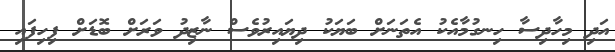
އަދި މިހާދިސާ ހިނގުމާއެކު އެތަނަށް ބަޔަކު ދިޔައިރުވެސް ނާޒިދު ވަރަށް ބޮޑަށް ފިހިފައި